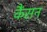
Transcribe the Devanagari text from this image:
कैंसन